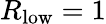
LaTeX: R_{\mathrm{low}}=1